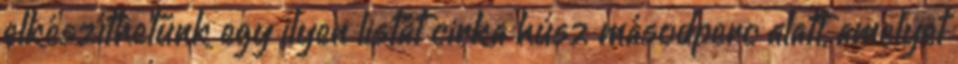
elkészíthetünk egy ilyen listát cirka húsz másodperc alatt, amelyet